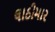
લાઠીમાર